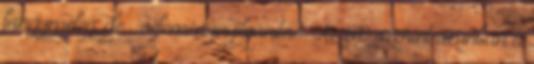
langymeleg, de – véleménynyilvánítás. Az EP szerint azonban a